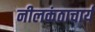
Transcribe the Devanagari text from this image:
नीलकंठाचार्य